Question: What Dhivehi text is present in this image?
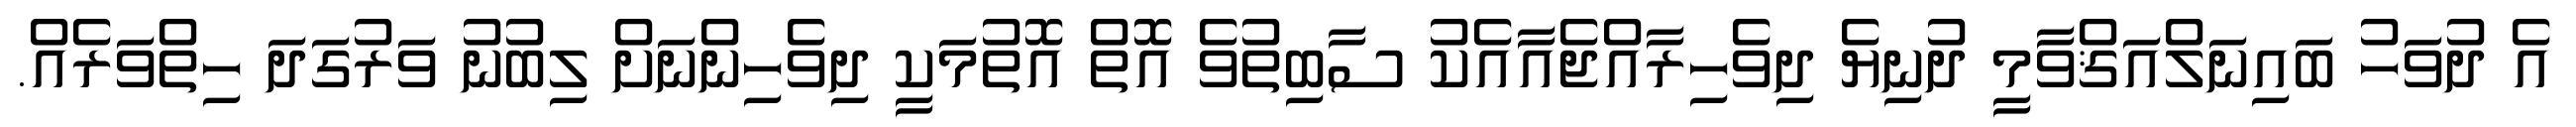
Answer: އެ ދުވަހު ބައިނަލްއަޤްވާމީ ދުނިޔެ ދިވެހިރާއްޖެއާއެކު ސާބިތުވެ އޮތް އޮތުމަކީ ދިވެހިންނަށް ލިބުނު ވަރުގަދަ ހިތްވަރެއް.